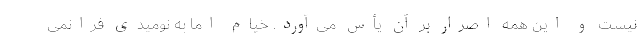
نیست و این همه اصرار بر آن یأس می‌آورد. خیام اما به نومیدی فرانمی